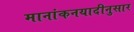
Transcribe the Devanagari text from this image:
मानांकनयादीनुसार